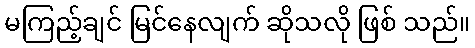
မကြည့်ချင် မြင်နေလျက် ဆိုသလို ဖြစ် သည်။